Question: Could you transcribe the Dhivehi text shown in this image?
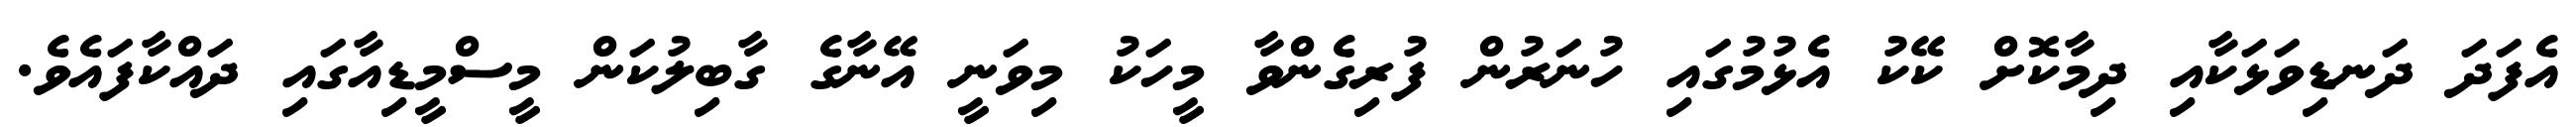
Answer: އެފަދަ ދަނޑިވަޅަކާއި ދިމާކޮށް ކޭކު އެޅުމުގައި ހުނަރުން ފުރިގެންވާ މީހަކު މިވަނީ އޭނާގެ ގާބިލުކަން މީސްމީޑިއާގައި ދައްކާފައެވެ.